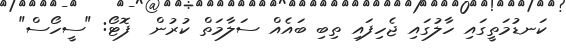
ކަނޑުމަތީގައި ހާލުގައި ޖެހިފައި ތިބި ބައެއް ސަލާމަތް ކުރުން  ފޮޓޯ: "ސީހޯސް"